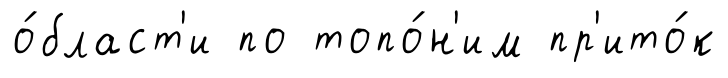
о́бласт'и по топо́н'им пр'ито́к